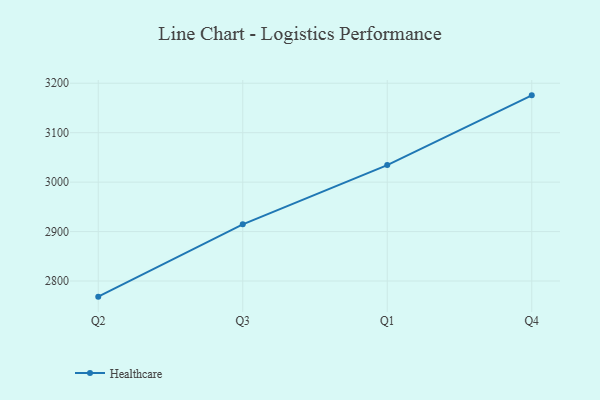
{"axis": {"x": "Quarter", "y": "Headcount"}, "legend": ["Healthcare"], "data": [{"x": "Q2", "y": 2768.4, "type": "Healthcare"}, {"x": "Q3", "y": 2914.6, "type": "Healthcare"}, {"x": "Q1", "y": 3034.5, "type": "Healthcare"}, {"x": "Q4", "y": 3175.5, "type": "Healthcare"}]}